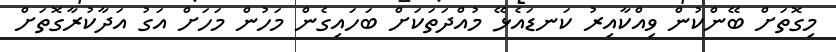
މިގޮތަށް ބޭންކުން ވިއްކާއިރު ކަނޑައެޅޭ މުއްދަތަކަށް ބަހައިގެން މަހުން މަހަށް އަގު އަދާކުރާގޮތަށް